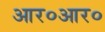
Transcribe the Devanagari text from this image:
आर०आर०